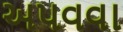
અપવવા